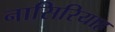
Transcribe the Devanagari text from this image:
नासिरियाह